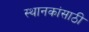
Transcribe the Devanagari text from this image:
स्थानकांसाठी